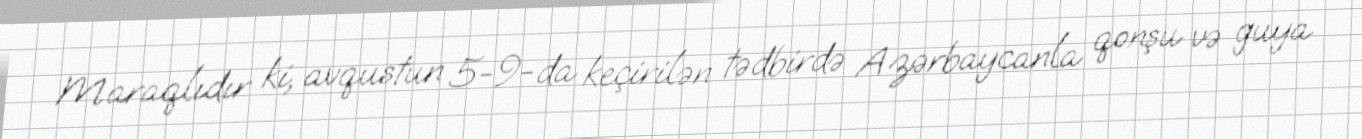
Maraqlıdır ki, avqustun 5-9-da keçirilən tədbirdə Azərbaycanla qonşu və guya